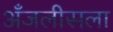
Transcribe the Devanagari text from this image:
अँजलीसला